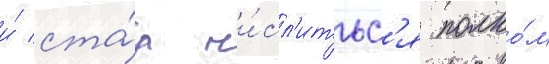
и́ ста́л чи́сл'итьс'я полко́м